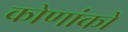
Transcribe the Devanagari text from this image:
कोणांकों